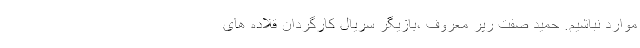
موارد نباشیم. حمید صفت رپر معروف ،بازیگر سریال کارگردان قلاده های